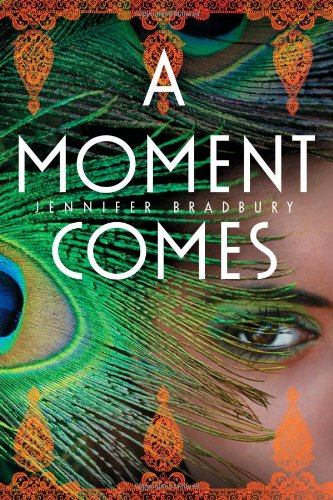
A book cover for A Moment Comes; Jennifer Bradbury; Teen & Young Adult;